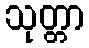
သုတ္တာ